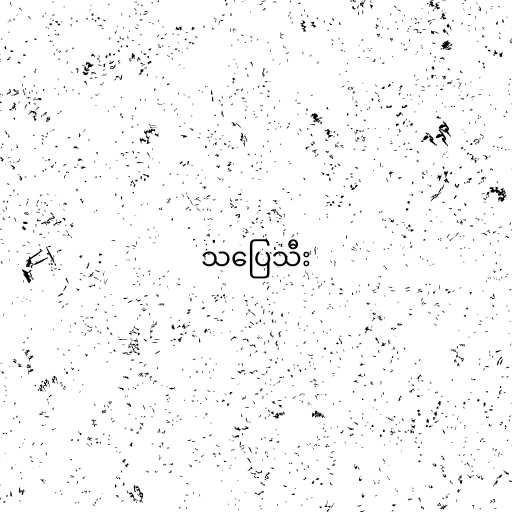
သပြေသီး